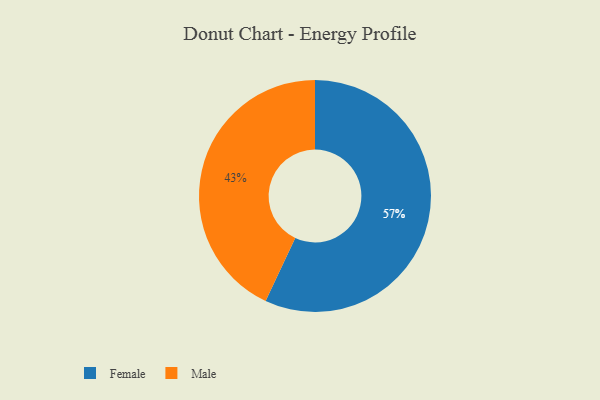
{"axis": {"x": "Category", "y": "Percentage"}, "legend": ["Female", "Male"], "data": [{"x": "Female", "y": 57, "type": "Female"}, {"x": "Male", "y": 43, "type": "Male"}]}